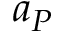
a _ { P }